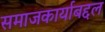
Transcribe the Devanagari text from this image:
समाजकार्याबद्दल